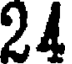
24